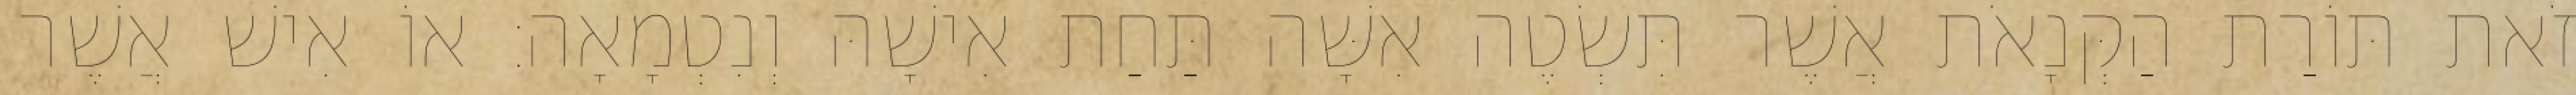
זֹאת תּוֹרַת הַקְּנָאֹת אֲשֶׁר תִּשְׂטֶה אִשָּׁה תַּחַת אִישָׁהּ וְנִטְמָאָה׃ אוֹ אִישׁ אֲשֶׁר